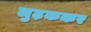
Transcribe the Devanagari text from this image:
लुढ़ककर